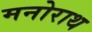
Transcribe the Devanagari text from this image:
मनोराथ